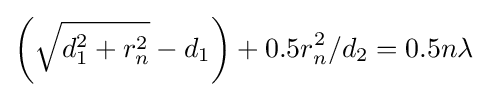
\left({\sqrt {d_{1}^{2}+r_{n}^{2}}}-d_{1}\right)+0.5r_{n}^{2}/d_{2}=0.5n\lambda